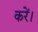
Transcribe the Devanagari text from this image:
करेँ।